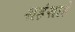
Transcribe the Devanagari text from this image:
शहंशाहे